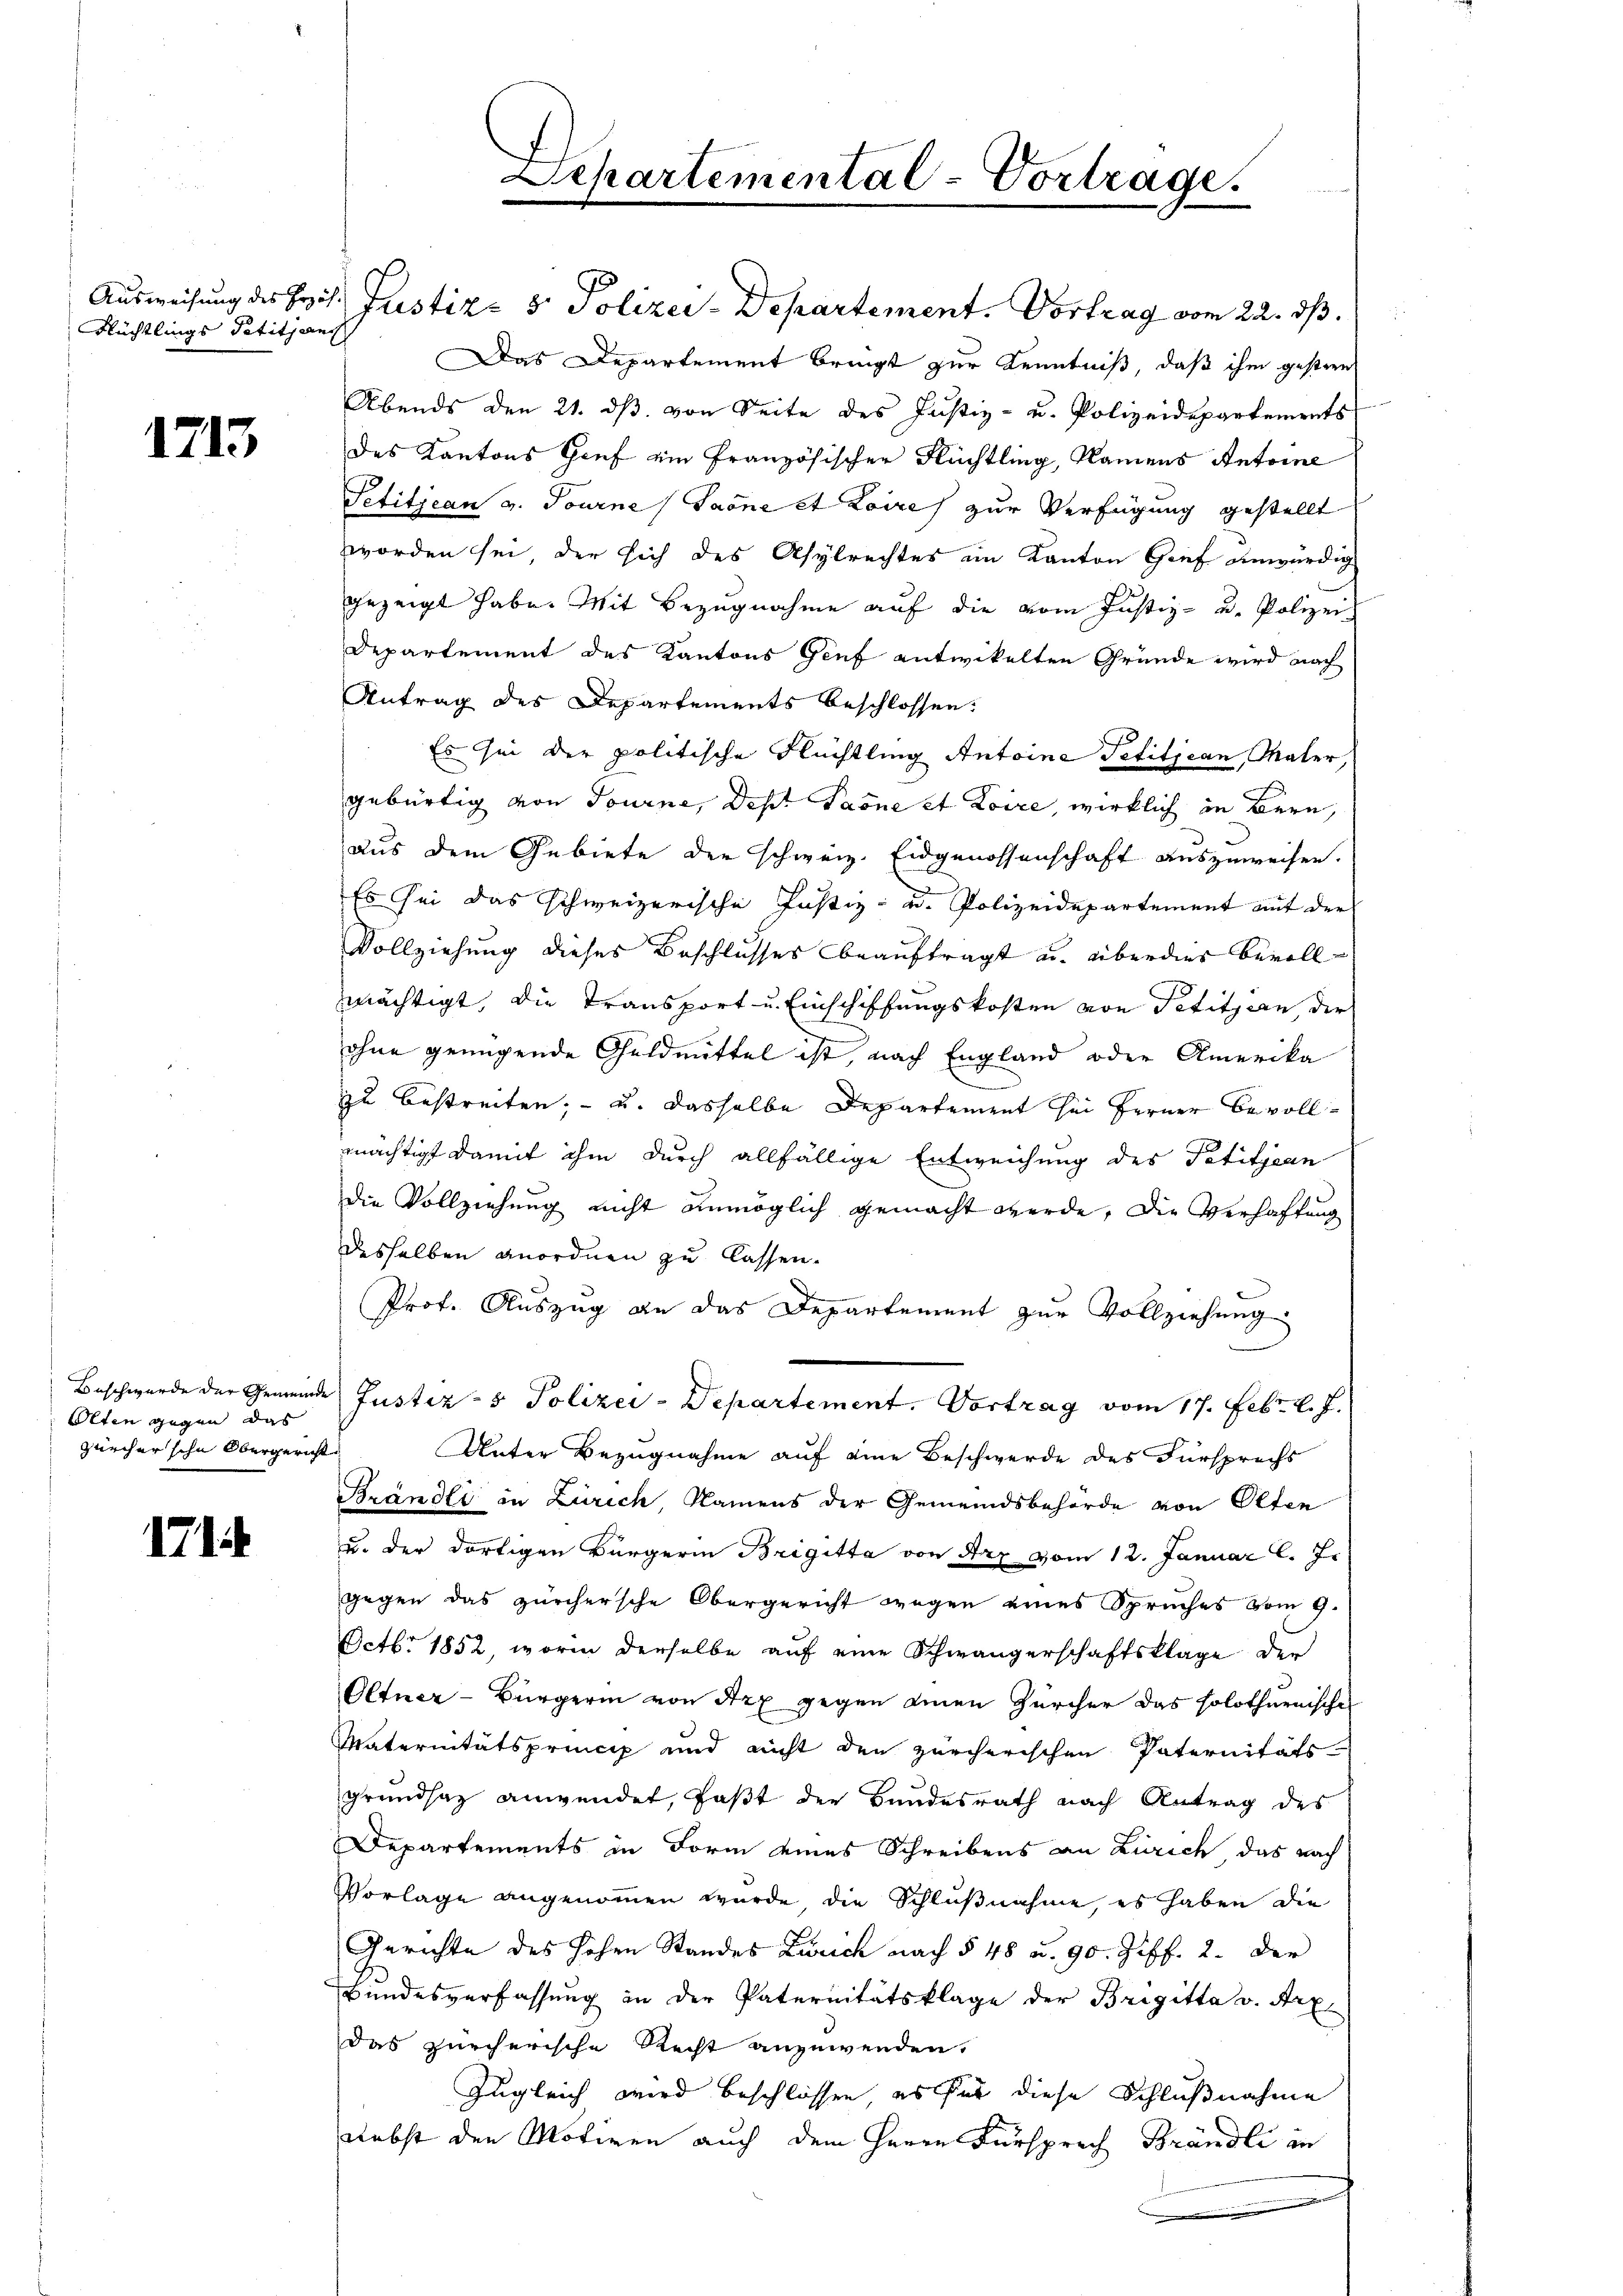
Flüchtlings Petiticant

1715

Olten gegen das
Zürcher sehe Obergericht

1714

Ausweisung des Prof. Justiz- & Polizei-Departement. Vortrag vom 22. ds.
Das Departement bringt zur Kenntniß, daß ihm gestren
Abends den 21. ds. von Seite des Justiz- u. Polizeidepartements
des Kantons Gruf ein französischer Flüchtling, Namens Antoine
Petitjean v. Tourne/Saöne et Loires zur Verfügung gestellt
worden sei, der sich des Asylrechtes im Kanton Grief unwürdig
gezeigt habe. Mit Bezugnahme auf die vom Justiz- u. Polizei
Departement des Kantons Genf entwickelten Gründe wird nach
Antrag des Departements beschlossen:
Es sei der politische Nüchtling Antoine Petitjean, Maler,
gebürtig von Tourne, des Paone et Loire, wirklich in Bern,
Aus dem Gebiete der schweiz. Eidgenossenschaft auszuweisen.
Es sei das schweizerische Justiz- u. Polizeidepartement auf der
Vollziehung dieses Beschlusses beauftragt u. überdies bevollmächtigt, die Transport u. Einschiffungskosten von Petitzern, der
ohne genügende Geldmittel ist, nach England oder Amerika
zzu bestreiten; - u. dasselbe Departement sei ferner Bevollmächtigt damit ihm durch allfällige Entweichung des Petitjean
die Vollziehung nicht unmöglich gemacht werde, die Verhaffung
desselben anordnen zu lassen.
Prof. Auszug an das Departement zur Vollziehung
e
Beschwerde der Gemeinde Justiz- & Polizei-Departement. Vortrag vom 17. Febr. l. J.
Unter Bezugnahme auf eine Beschwerde des Fürsprechs
Brändli in Zürich, Namens der Gemeindsbehörde von Olten
u. der dortigen Bürgerin Brigitta von Art vom 12. Januar l. J.
gegen das zürchersche Obergericht wegen eines Spruches vom 9.
Octb. 1852, worin derselbe auf eine Schwängerschaftsklage den
Oltner-Bürgerin von Arx gegen einen Zürcher das solothurnischen
Maternitätsprincip und nicht den zürcherischen Paternitäts
grundsatz anwendet, faßt der Bundesrath nach Antrag des
Departements in Form eines Schreibens an Zürich das nach
Vorlage angenommen wurde die Schlußnahme, es haben die
Gerichte des hohen Standes Zürich nach § 48 u. 90. Ziff. 2. Der
Bundesverfassŭng in der Paternitätsklage der Brigitta v. Arz
das zürcherische Recht anzuwenden,
Zugleich wird beschlossen, es für diese Schlußnahme
Nebst den Motiven auch dem Herrn Fürsprech Brändli in
n

Departemental-Vortrage.